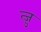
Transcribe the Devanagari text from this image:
त्ज़ु